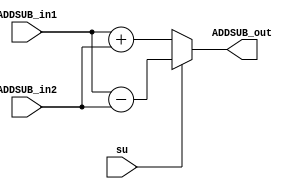
module ADDSUB(
	output [7:0] ADDSUB_out,
	input [7:0] ADDSUB_in1,
	input [7:0] ADDSUB_in2,
	input su
	);

	wire [7:0] d;
	
	assign d = su ? ADDSUB_in1 - ADDSUB_in2 : ADDSUB_in1 + ADDSUB_in2;
	assign ADDSUB_out = d;
	
endmodule